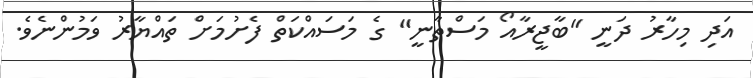
އަދި މިހާރު ދަނީ "ބާޖީރާއޯ މަސްތާނީ" ގެ މަސައްކަތް ފެށުމަށް ތައްޔާރު ވަމުންނެވެ.